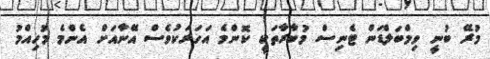
މުރޭ ބުނީ ވިމްބަލްޑަން ޓެނިސް މުބާރާތަކީ ކޮންމެ އަހަރަކުވެސް އޭނާއަށް އެންމެ މުހިއްމު